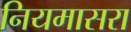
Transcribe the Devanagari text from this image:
नियमासरा